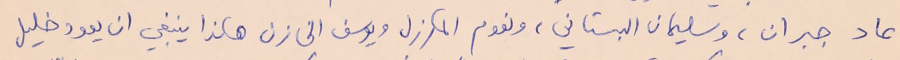
عاد جبران، وسليمان البستاني، ونعوم المكرزل ويوسف الخازن هكذا ينبغي ان يعود خليل